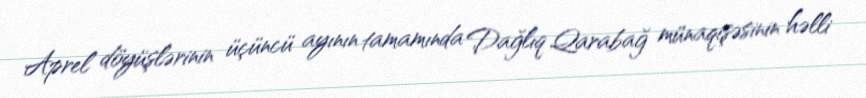
Aprel döyüşlərinin üçüncü ayının tamamında Dağlıq Qarabağ münaqişəsinin həlli